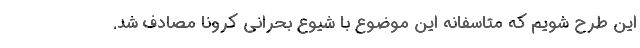
این طرح شویم که متاسفانه این موضوع با شیوع بحرانی کرونا مصادف شد.